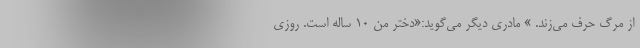
از مرگ حرف می‌زند. » مادری دیگر می‌گوید:«دختر من ۱۰ ساله است. روزی